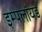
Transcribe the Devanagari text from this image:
इम्पलॉयड